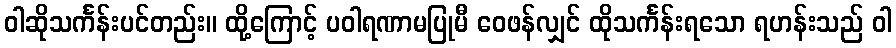
ဝါဆိုသင်္ကန်းပင်တည်း။ ထို့ကြောင့် ပဝါရဏာမပြုမီ ဝေဖန်လျှင် ထိုသင်္ကန်းရသော ရဟန်းသည် ဝါ